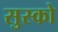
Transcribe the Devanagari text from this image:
सुस्को